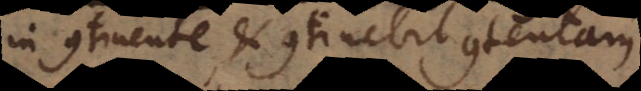
in continente, et continebit contentam